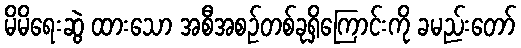
မိမိရေးဆွဲ ထားသော အစီအစဉ်တစ်ခုရှိကြောင်းကို ခမည်းတော်